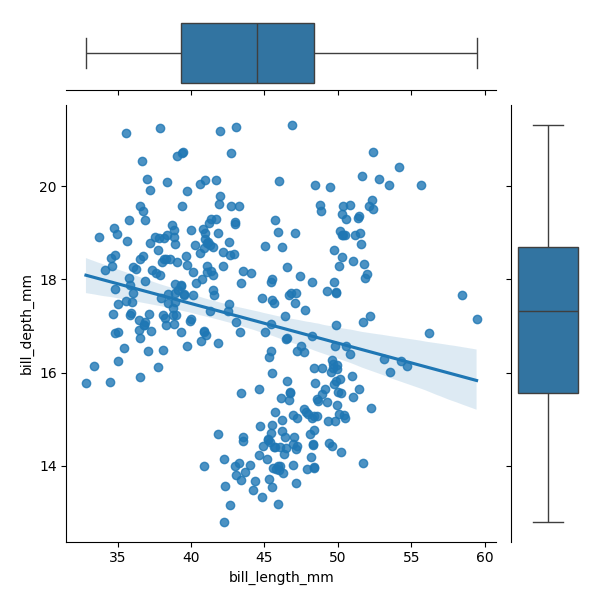
python, seaborn, JointGrid, regplot, boxplot